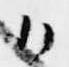
候